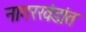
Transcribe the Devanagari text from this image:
नागरखंडांत